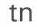
tn